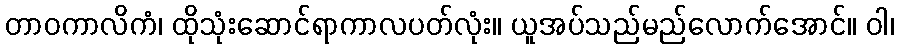
တာဝကာလိကံ၊ ထိုသုံးဆောင်ရာကာလပတ်လုံး။ ယူအပ်သည်မည်လောက်အောင်။ ဝါ၊